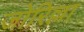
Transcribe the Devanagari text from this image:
जोरिल्ला